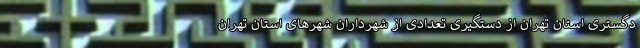
دگستری استان تهران از دستگیری تعدادی از شهرداران شهرهای استان تهران